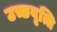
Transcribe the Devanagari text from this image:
उच्छवृत्ति